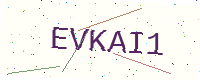
Text: EVKAI1